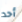
أحد